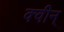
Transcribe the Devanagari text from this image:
क्वीन्